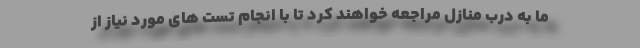
ما به درب منازل مراجعه خواهند کرد تا با انجام تست های مورد نیاز از